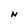
Character: N